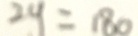
2 y = 1 8 0